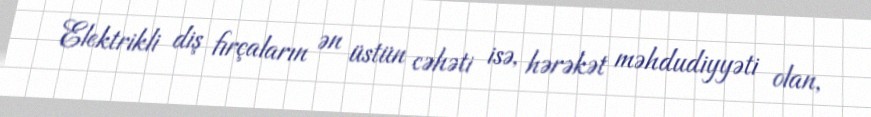
Elektrikli diş fırçaların ən üstün cəhəti isə, hərəkət məhdudiyyəti olan,